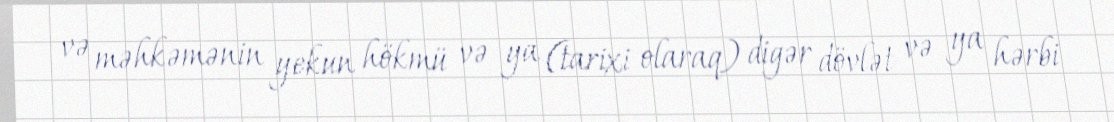
və məhkəmənin yekun hökmü və ya (tarixi olaraq) digər dövlət və ya hərbi